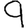
Digit: 9